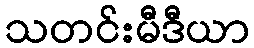
သတင်းမီဒီယာ